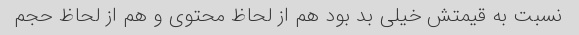
نسبت به قیمتش خیلی بد بود هم از لحاظ محتوی و هم از لحاظ حجم